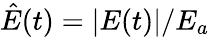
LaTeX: \hat{E}(t)=|E(t)|/E_{a}